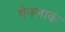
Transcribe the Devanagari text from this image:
वेनलाक